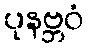
ပုနဗ္ဘဝံ